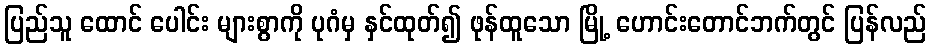
ပြည်သူ ထောင် ပေါင်း များစွာကို ပုဂံမှ နှင်ထုတ်၍ ဖုန်ထူသော မြို့ ဟောင်းတောင်ဘက်တွင် ပြန်လည်